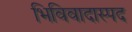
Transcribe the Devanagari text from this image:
भिविवादास्पद